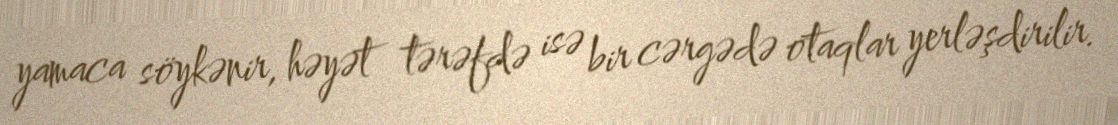
yamaca söykənir, həyət tərəfdə isə bir cərgədə otaqlar yerləşdirilir.